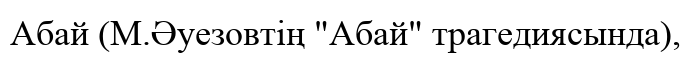
Абай (М.Әуезовтің "Абай" трагедиясында),